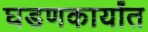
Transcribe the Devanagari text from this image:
घडणकार्यांत